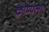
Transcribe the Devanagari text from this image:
कोप्पला